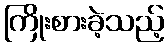
ကြိုးစားခဲ့သည့်